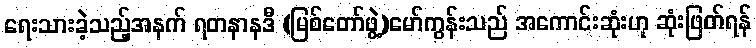
ရေးသားခဲ့သည့်အနက် ရတနာနဒီ (မြစ်တော်ဖွဲ့)မော်ကွန်းသည် အကောင်းဆုံးဟု ဆုံးဖြတ်ရန်